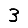
Digit: 3